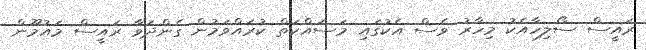
ރައީސް ސޯލިހާއެކު މިހާރު ވެސް އެކުގައި މަސައްކަތް ކުރައްވަމުން ގެންދަވާ ރައީސް މައުމޫން